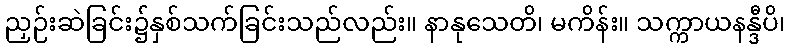
ညှဉ်းဆဲခြင်း၌နှစ်သက်ခြင်းသည်လည်း။ နာနုသေတိ၊ မကိန်း။ သက္ကာယနန္ဒီပိ၊